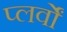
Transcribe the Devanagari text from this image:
प्लर्वों